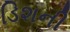
ડિશની